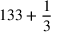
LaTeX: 1 3 3 + { \frac { 1 } { 3 } }